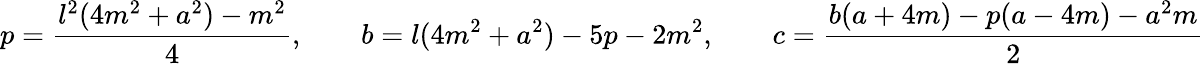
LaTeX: p={\frac{l^{2}(4m^{2}+a^{2})-m^{2}}{4}},\qquad b=l(4m^{2}+a^{2})-5p-2m^{2},\qquad c={\frac{b(a+4m)-p(a-4m)-a^{2}m}{2}}